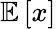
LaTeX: \mathbb{E}\left[x\right]